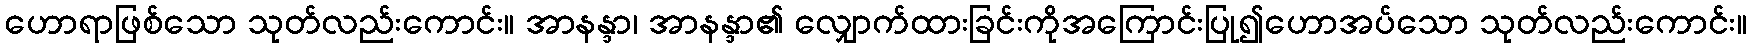
ဟောရာဖြစ်သော သုတ်လည်းကောင်း။ အာနန္ဒာ၊ အာနန္ဒာ၏ လျှောက်ထားခြင်းကိုအကြောင်းပြု၍ဟောအပ်သော သုတ်လည်းကောင်း။